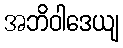
အဘိဝါဒေယျ